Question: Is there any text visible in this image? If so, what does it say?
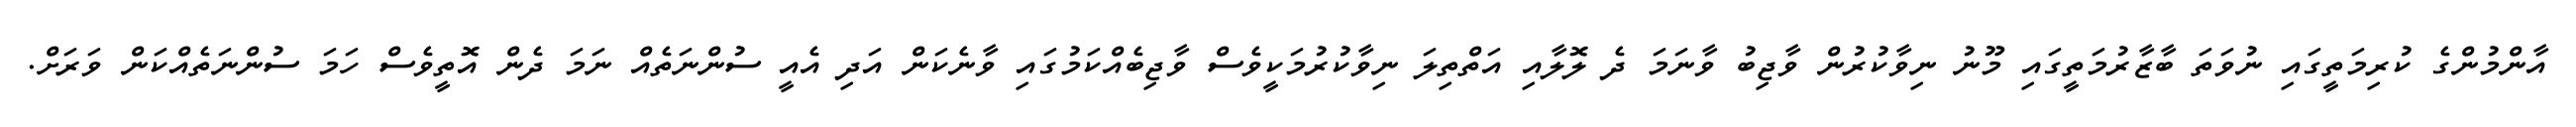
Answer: އާންމުންގެ ކުރިމަތީގައި ނުވަތަ ބާޒާރުމަތީގައި މޫނު ނިވާކުރުން ވާޖިބު ވާނަމަ ދެ ލޮލާއި އަތްތިލަ ނިވާކުރުމަކީވެސް ވާޖިބެއްކަމުގައި ވާނެކަން އަދި އެއީ ސުންނަތެއް ނަމަ ދެން އޮތީވެސް ހަމަ ސުންނަތެއްކަން ވަރަށް.